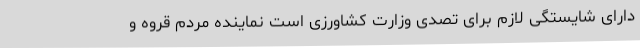
دارای شایستگی لازم برای تصدی وزارت کشاورزی است نماینده مردم قروه و